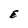
Character: E